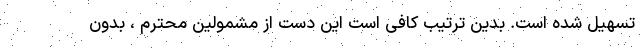
تسهیل شده است. بدین ترتیب کافی است این دست از مشمولین محترم ، بدون